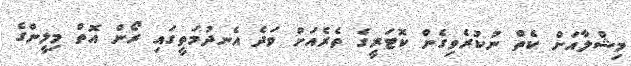
މިޝްލާއަށް ކެތް ނުކުރެވިގެން ކޮޓަރީގެ ތެރެއަށް ވަދެ އެނދުމަތީގައި ރޯން އޮތް މިލީންގެ